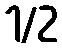
1/2